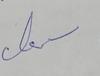
Signature authenticity: genuine